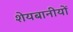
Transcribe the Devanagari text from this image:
शेयबानीयों